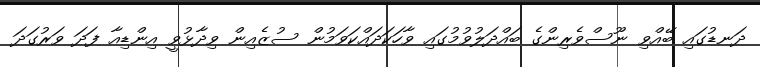
ދަނޑުގައި ބޭއްވި ނޫސްވެރިންގެ ބައްދަލުވުމުގައި ވާހަކަދައްކަވަމުން ސުޒެއިން ވިދާޅުވީ އިންޑިއާ ފަދަ ވަރުގަދަ